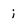
Character: i